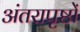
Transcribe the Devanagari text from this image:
अंतरापृष्ठों